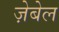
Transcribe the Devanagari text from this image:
ज़ेबेल